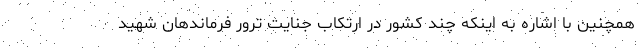
همچنین با اشاره به اینکه چند کشور در ارتکاب جنایت ترور فرماندهان شهید